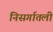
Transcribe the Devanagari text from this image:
निसर्गातली